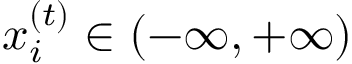
x _ { i } ^ { ( t ) } \in \left( - \infty , + \infty \right)